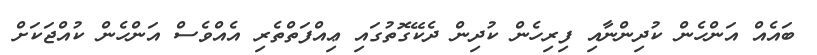
ބައެއް އަންހެން ކުދިންނާއި ފިރިހެން ކުދިން ދެކޭގޮތުގައި ޢިއްފަތްތެރި އެއްވެސް އަންހެން ކުއްޖަކަށް